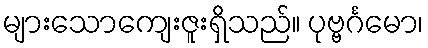
များသောကျေးဇူးရှိသည်။ ပုဗ္ဗင်္ဂမော၊